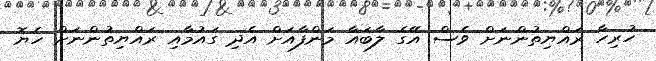
ހުރިހާ ރައްޔިތުންނަށް ވެސް އޭގެ ލާބައާ މަންފާއަށް އެދި ގައުމާއި ރައްޔިތުންނަށް ހެޔޮ